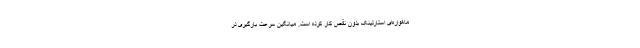
ماهواره‌ای استارلینک بدون نقص کار کرده است. میانگین سرعت بارگیری در